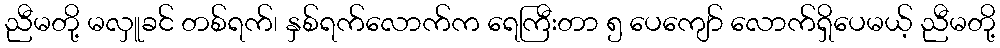
ညီမတို့ မလှူခင် တစ်ရက်၊ နှစ်ရက်လောက်က ရေကြီးတာ ၅ ပေကျော် လောက်ရှိပေမယ့် ညီမတို့